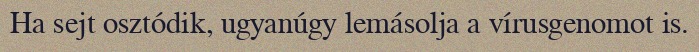
Ha sejt osztódik, ugyanúgy lemásolja a vírusgenomot is.